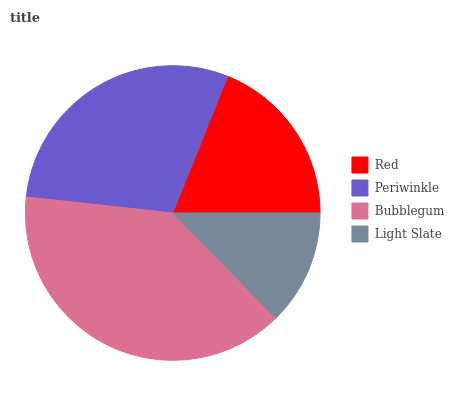
| Red | Periwinkle | Bubblegum | Light Slate |
 | --- | --- | --- | --- |
 | 18.9% | 29.3% | 39.1% | 12.6% |